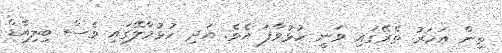
ތިން އަހަރު ތެރޭގައި ވަނީ ހުޅުވާފަ އެވެ. އަދި ހުޅުމާލޭގައި ވެސް ބިލިއާޑް